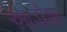
આડોશ